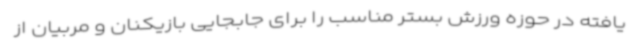
یافته در حوزه ورزش بستر مناسب را برای جابجایی بازیکنان و مربیان از